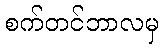
စက်တင်ဘာလမှ